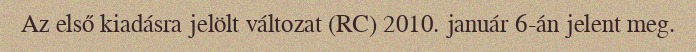
Az első kiadásra jelölt változat (RC) 2010. január 6-án jelent meg.